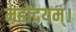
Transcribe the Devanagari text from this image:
महोदयम्।